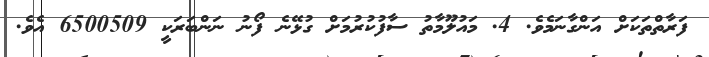
ފަރާތްތަކަށް އަންގާނަމެވެ. 4. މައުލޫމާތު ސާފުކުރުމަށް ގުޅޭނެ ފޯނު ނަންބަރަކީ 6500509 އެވެ.